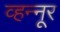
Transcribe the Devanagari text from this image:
व्हन्‍नूर